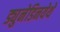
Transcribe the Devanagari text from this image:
ड्युनेडिनयेथे